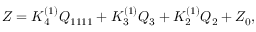
\begin{array} { r } { Z = K _ { 4 } ^ { ( 1 ) } Q _ { 1 1 1 1 } + K _ { 3 } ^ { ( 1 ) } { \cal Q } _ { 3 } + K _ { 2 } ^ { ( 1 ) } { \cal Q } _ { 2 } + { \cal Z } _ { 0 } , } \end{array}